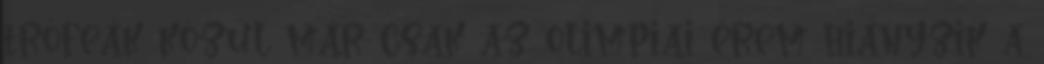
trófeák közül már csak az olimpiai érem hiányzik a